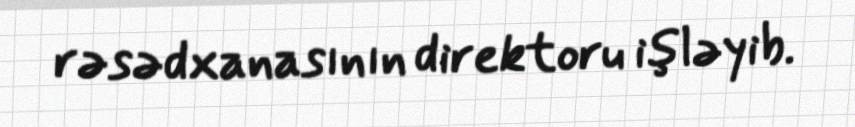
rəsədxanasının direktoru işləyib.